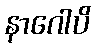
နာဂေါပိ